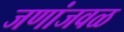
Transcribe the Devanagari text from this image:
जणांजवळ